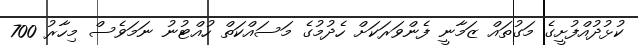
ކުޅުދުއްފުށީގެ މަގުތައް ޒަމާނީ ފެންވަރަކަށް ހެދުމުގެ މަސައްކަތް ހުއްޓުނު ނަމަވެސް މިހާރު 700